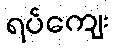
ရပ်ကျေး